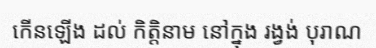
កើនឡើង ដល់ កិត្តិនាម នៅក្នុង រង្វង់ បុរាណ